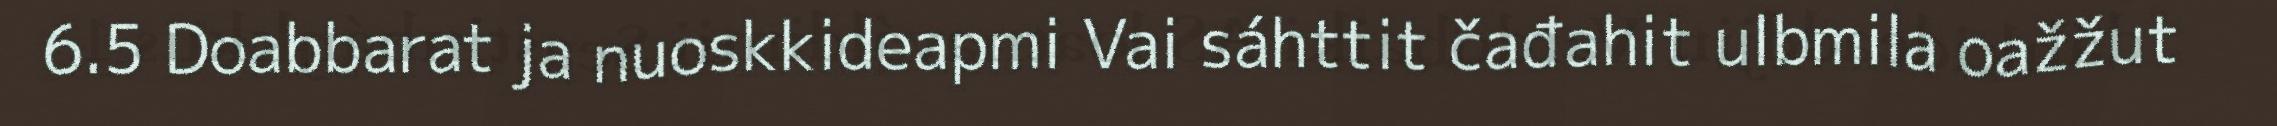
6.5 Doabbarat ja nuoskkideapmi Vai sáhttit čađahit ulbmila oažžut